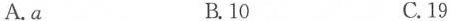
A.a B.10 C.19